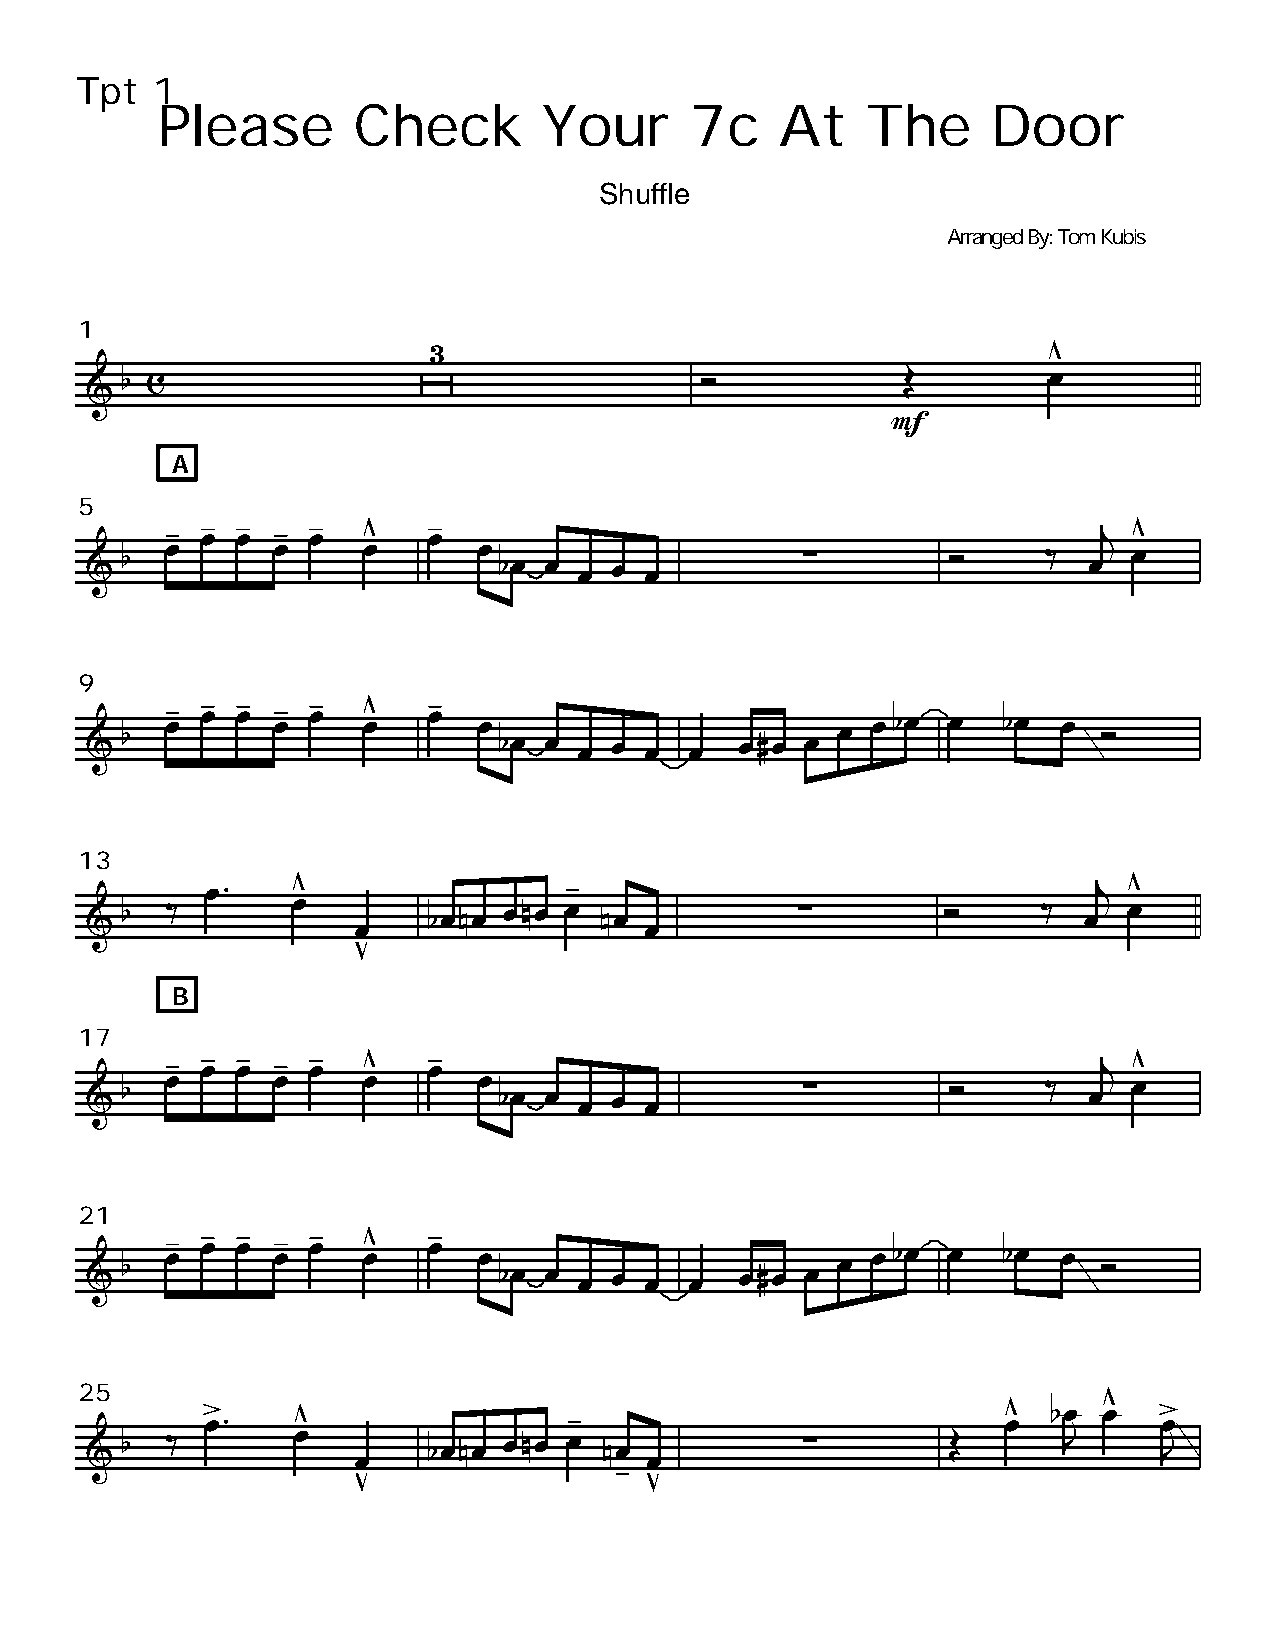
Tpt  1
 Please       Check        Your      7c    At   The      Door
 Shuffle
 Arranged By: Tom Kubis
 1
 A
 5
 9
 13
 B
 17
 21
 25